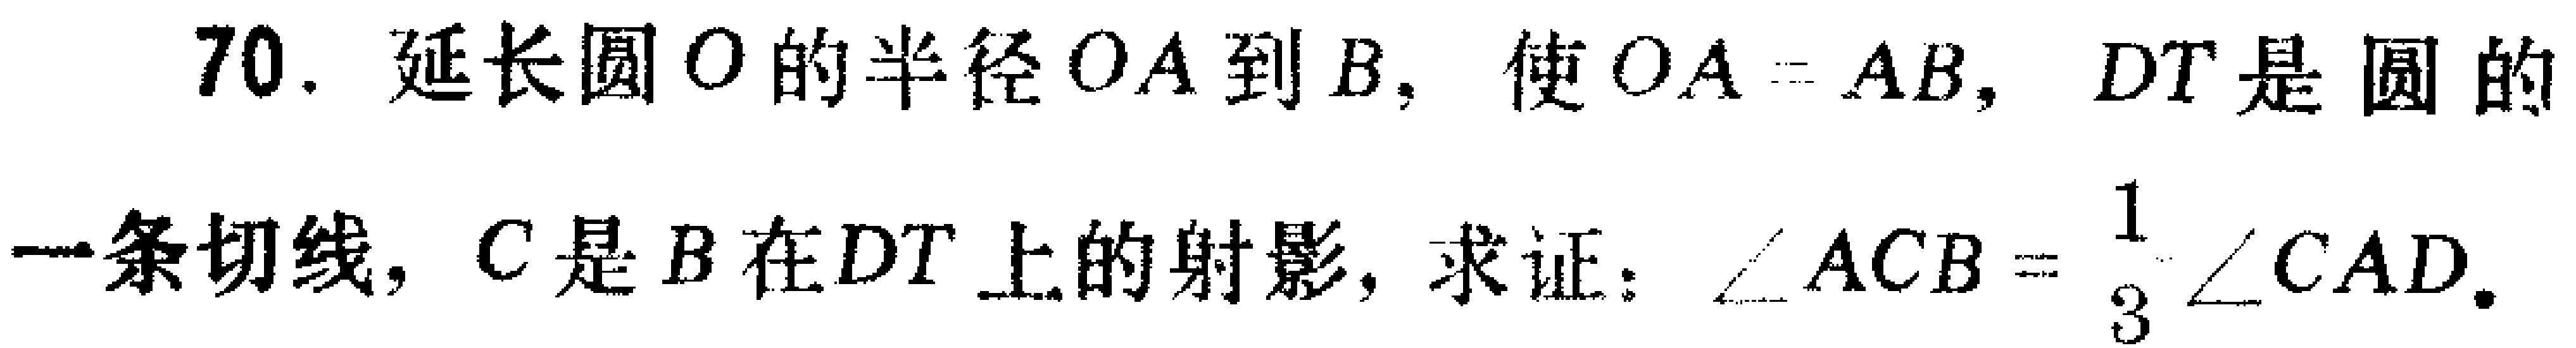
70. 延长圆\(O\)的半径\(OA\)到\(B\)，使\(OA = AB\)，\(DT\)是圆的一条切线，\(C\)是\(B\)在\(DT\)上的射影，求证：\(\angle ACB=\frac{1}{3}\angle CAD\)。